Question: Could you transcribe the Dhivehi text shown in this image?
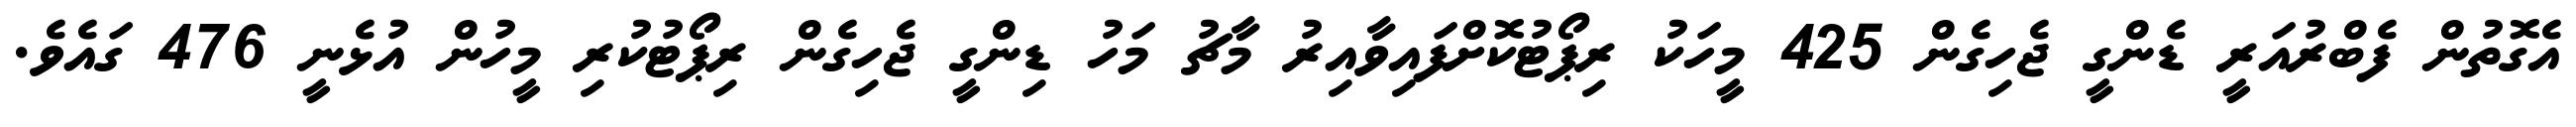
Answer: އެގޮތުން ފެބްރުއަރީ ޑެންގީ ޖެހިގެން 425 މީހަކު ރިޕޯޓުކޮށްފައިވާއިރު މާޗު މަހު ޑިންގީ ޖެހިގެން ރިޕޯޓުކުރި މީހުން އުޅެނީ 476 ގައެވެ.